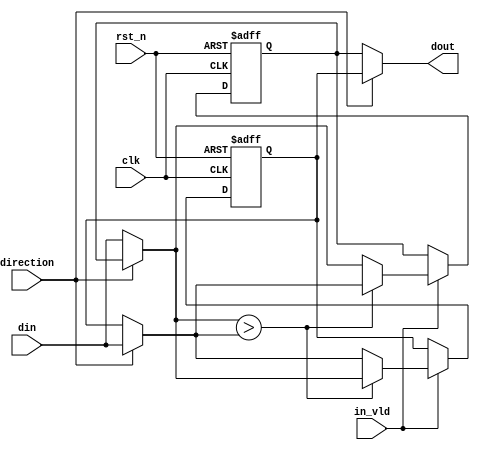
module cmp(
    input clk,
    input rst_n,
    input in_vld,
    input direction,
    input signed [15:0] din,
    output signed [15:0] dout
);

parameter DATA_MIN = 16'h8000;

wire signed [15:0] cmp0;
wire signed [15:0] cmp1;

reg signed [15:0] dmax;
reg signed [15:0] dmin;

assign cmp0 = (!direction)?din:dmin;
assign cmp1 = (!direction)?dmax:din;
assign dout = (!direction)?dmin:dmax;       //0->min;1->max;

always @(posedge clk or negedge rst_n) begin
    if (!rst_n) begin
        dmax <= DATA_MIN;
        dmin <= DATA_MIN;
    end
    else if (in_vld) begin
        if(cmp0 > cmp1) begin
            dmax <= cmp0;
            dmin <= cmp1;
        end
        else begin
            dmax <= cmp1;
            dmin <= cmp0;
        end
    end
end

endmodule